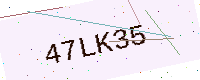
Text: 47LK35